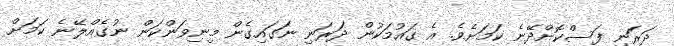
ދަރަނި ފަސްކޮށްދޭނެ ކަމަށެވެ. އެ ގައުމަކުން ދަރަނި ނަގައިގެން މިނިވަންކަން ނުގެއްލޭނެ ކަމަށް